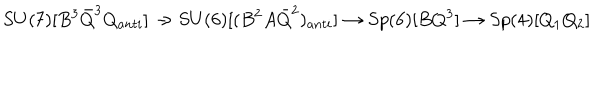
S U ( 7 ) [ B ^ { 3 } { \bar { Q } } ^ { 3 } Q _ { a n t i } ] \rightarrow S U ( 6 ) [ ( B ^ { 2 } A { \bar { Q } } ^ { 2 } ) _ { a n t i } ] \rightarrow S p ( 6 ) [ B Q ^ { 3 } ] \rightarrow S p ( 4 ) [ Q _ { 1 } Q _ { 2 } ]